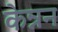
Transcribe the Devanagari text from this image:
केन्नन